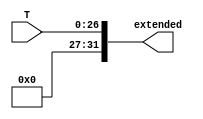
module ex27_32(T, extended);
	input [26:0] T;
	output [31:0] extended;
	assign extended[26:0] = T;
	assign extended[31:27] = 5'b00000;
endmodule